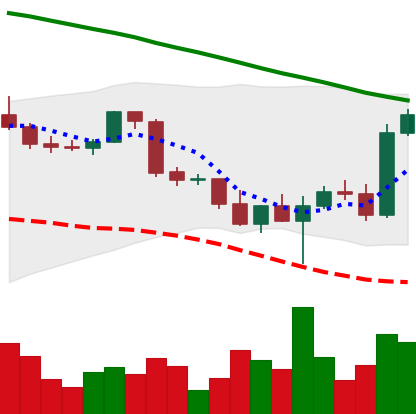
Ticker: BTC-USD
Chart end date: 2022-03-01
Forward return: -13.38%
Label: down_7plus